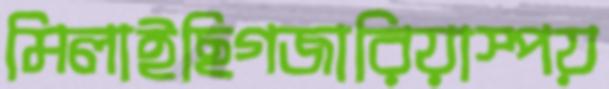
মিলাইছিগজারিয়াস্পয়